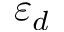
\varepsilon _ { d }